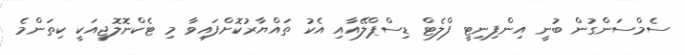
ސެމްސަންގުން ބުނީ އިންފިނިޓީ ފްލެޓް ޑިސްޕްލޭއާއި އެކު ތައްޔާރުކޮށްފައިވާ މި ޓެކްނޮލޮޖީއަކީ ކިތަންމެ